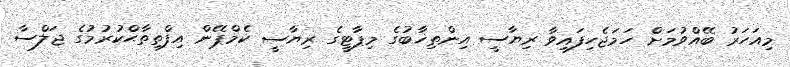
މިއަހަރު ބޭއްވުމަށް ހަމަޖެހިފައިވާ ރިޔާސީ އިންތިޚާބުގެ މިޕާޓީގެ ރިޔާސީ ކެމްޕޭން އިފްތިތާޙްކުރުމުގެ ޖަލްސާ